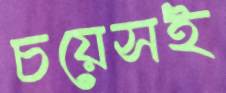
চয়েসই